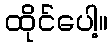
ထိုင်ပေါ့။